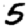
Digit: 5